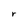
Character: r